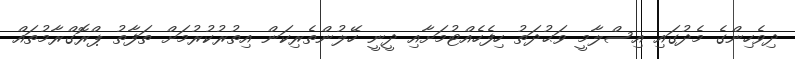
ދިވެހިންގެ މެދުގައި އިސްލާމީ ވަޙުދަތު ހިފެހެއްޓުމަށާއި ދީނީ ހޭލުންތެރިކަން އިތުރުކުރުމަށް ތަފާތު ޕްރޮގްރާމުތައް